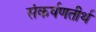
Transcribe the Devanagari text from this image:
संकर्षणतीर्थ